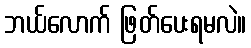
ဘယ်လောက် ဖြတ်ပေးရမလဲ။